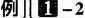
例 1-2